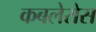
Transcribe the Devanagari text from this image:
कबलेरोस